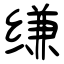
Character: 缣